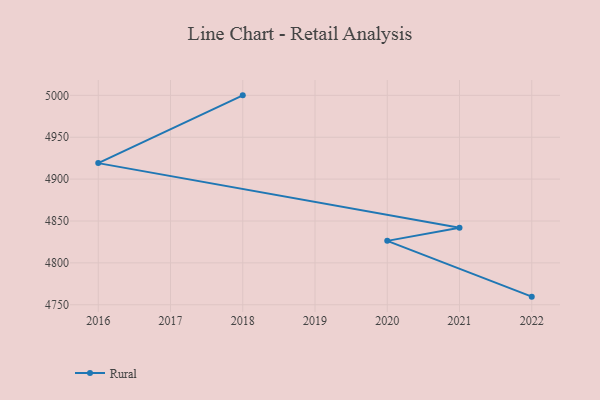
{"axis": {"x": "Year", "y": "Website Visitors"}, "legend": ["Rural"], "data": [{"x": "2022", "y": 4759.7, "type": "Rural"}, {"x": "2020", "y": 4826.3, "type": "Rural"}, {"x": "2021", "y": 4841.9, "type": "Rural"}, {"x": "2016", "y": 4919.1, "type": "Rural"}, {"x": "2018", "y": 5000, "type": "Rural"}]}